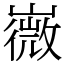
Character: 嶶